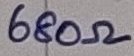
Text: 680Ω